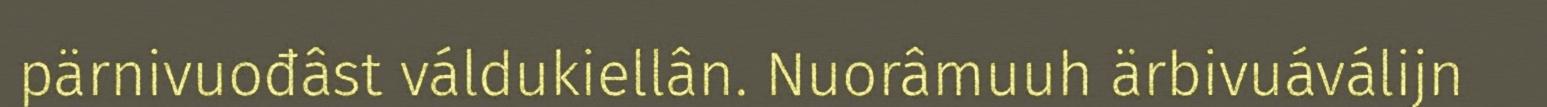
pärnivuođâst váldukiellân. Nuorâmuuh ärbivuáválijn